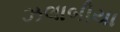
ઝલાબીયા